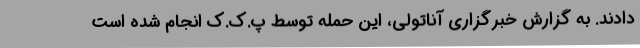
دادند. به گزارش خبرگزاری آناتولی، این حمله توسط پ.ک.ک انجام شده است